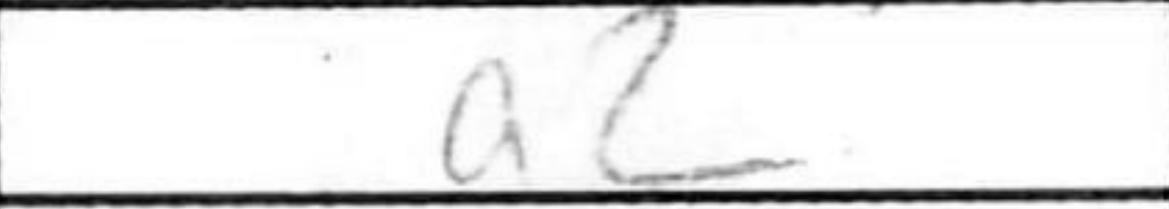
Transcription: a2